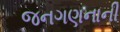
જનગણનાની